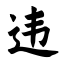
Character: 违